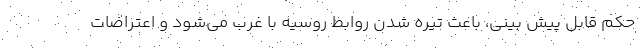
حکمِ قابل پیش بینی، باعث تیره شدن روابط روسیه با غرب می‌شود و اعتراضات